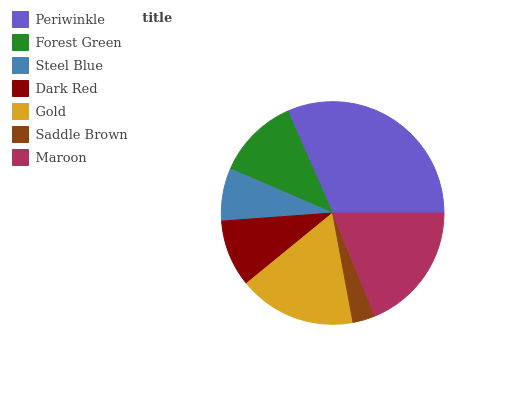
| Periwinkle | Forest Green | Steel Blue | Dark Red | Gold | Saddle Brown | Maroon |
 | --- | --- | --- | --- | --- | --- | --- |
 | 31.7% | 11.9% | 7.63% | 9.73% | 17% | 3.29% | 18.8% |